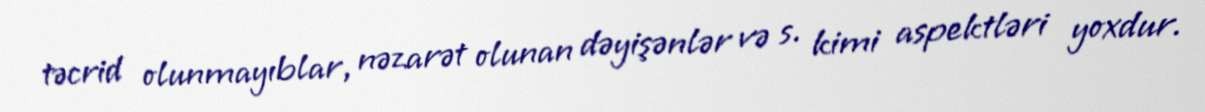
təcrid olunmayıblar, nəzarət olunan dəyişənlər və s. kimi aspektləri yoxdur.